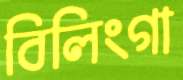
বিলিংগা